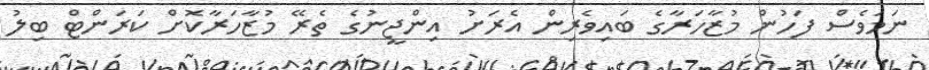
ނަމަވެސް ފަހުން މުޒާހަރާގެ ބައިވެރިން އެރަށު އިންޖީނުގެ ތެރޭ މުޒާހަރާކޮށް ކަރަންޓް ބިލު